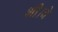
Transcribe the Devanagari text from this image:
भी।वे